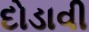
દોડાવી